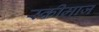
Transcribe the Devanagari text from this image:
स्कीमाज